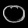
Digit: ၀